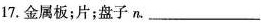
17.金属板；片；盘子n.___